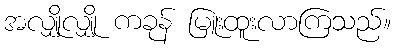
အလျှိုလျှို ကခုန် မြူးထူးလာကြသည်။